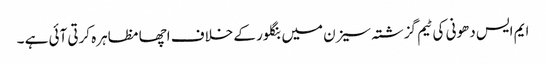
ایم ایس دھونی کی ٹیم گزشتہ سیزن میں بنگلور کے خلاف اچھا مظاہرہ کرتی آئی ہے ۔